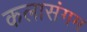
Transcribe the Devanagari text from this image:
कलासंगम